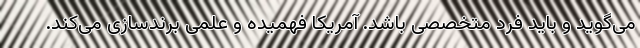
می‌گوید و باید فرد متخصصی باشد. آمریکا فهمیده و علمی برندسازی می‌کند.